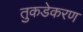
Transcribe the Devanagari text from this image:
तुकडेकरण